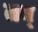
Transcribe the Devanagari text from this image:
तब्